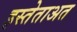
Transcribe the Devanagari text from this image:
इस्तेताअत